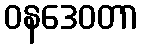
ဝနဒေဝတာ